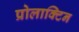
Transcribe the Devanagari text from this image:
प्रोलाक्टिन